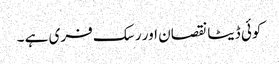
کوئی ڈیٹا نقصان اور رسک فری ہے ۔